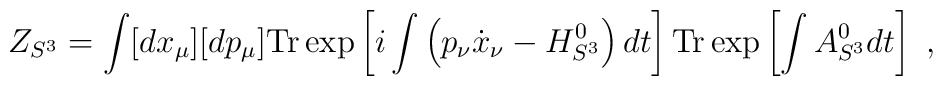
Z_{S^{3}}=\int [dx_{\mu }][dp_{\mu }]\mathrm{Tr}\exp \left[ i\int \left(p_{\nu }\dot{x}_{\nu }-H_{S^{3}}^{0}\right) dt\right] \mathrm{Tr}\exp \left[\int A_{S^{3}}^{0}dt\right] \ ,